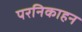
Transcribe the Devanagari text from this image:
परनिकाहन